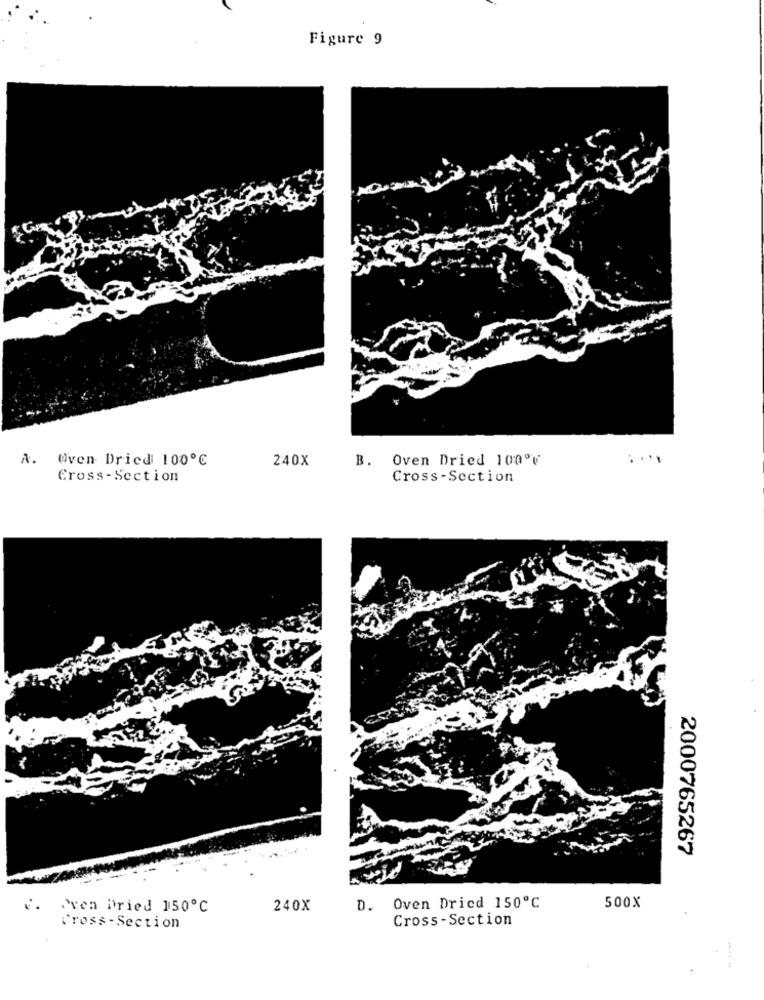
Figure 9
A. Oven Dried 100℃
240X
B.
Oven Dried 100ºV
Cross-Section
Cross-Section
2000765267
Oven Dried 150℃
240X
D. Oven Dried 150℃
500X
Cross-Section
Cross- Section